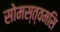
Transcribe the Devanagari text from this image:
सोमस्त्वमसि